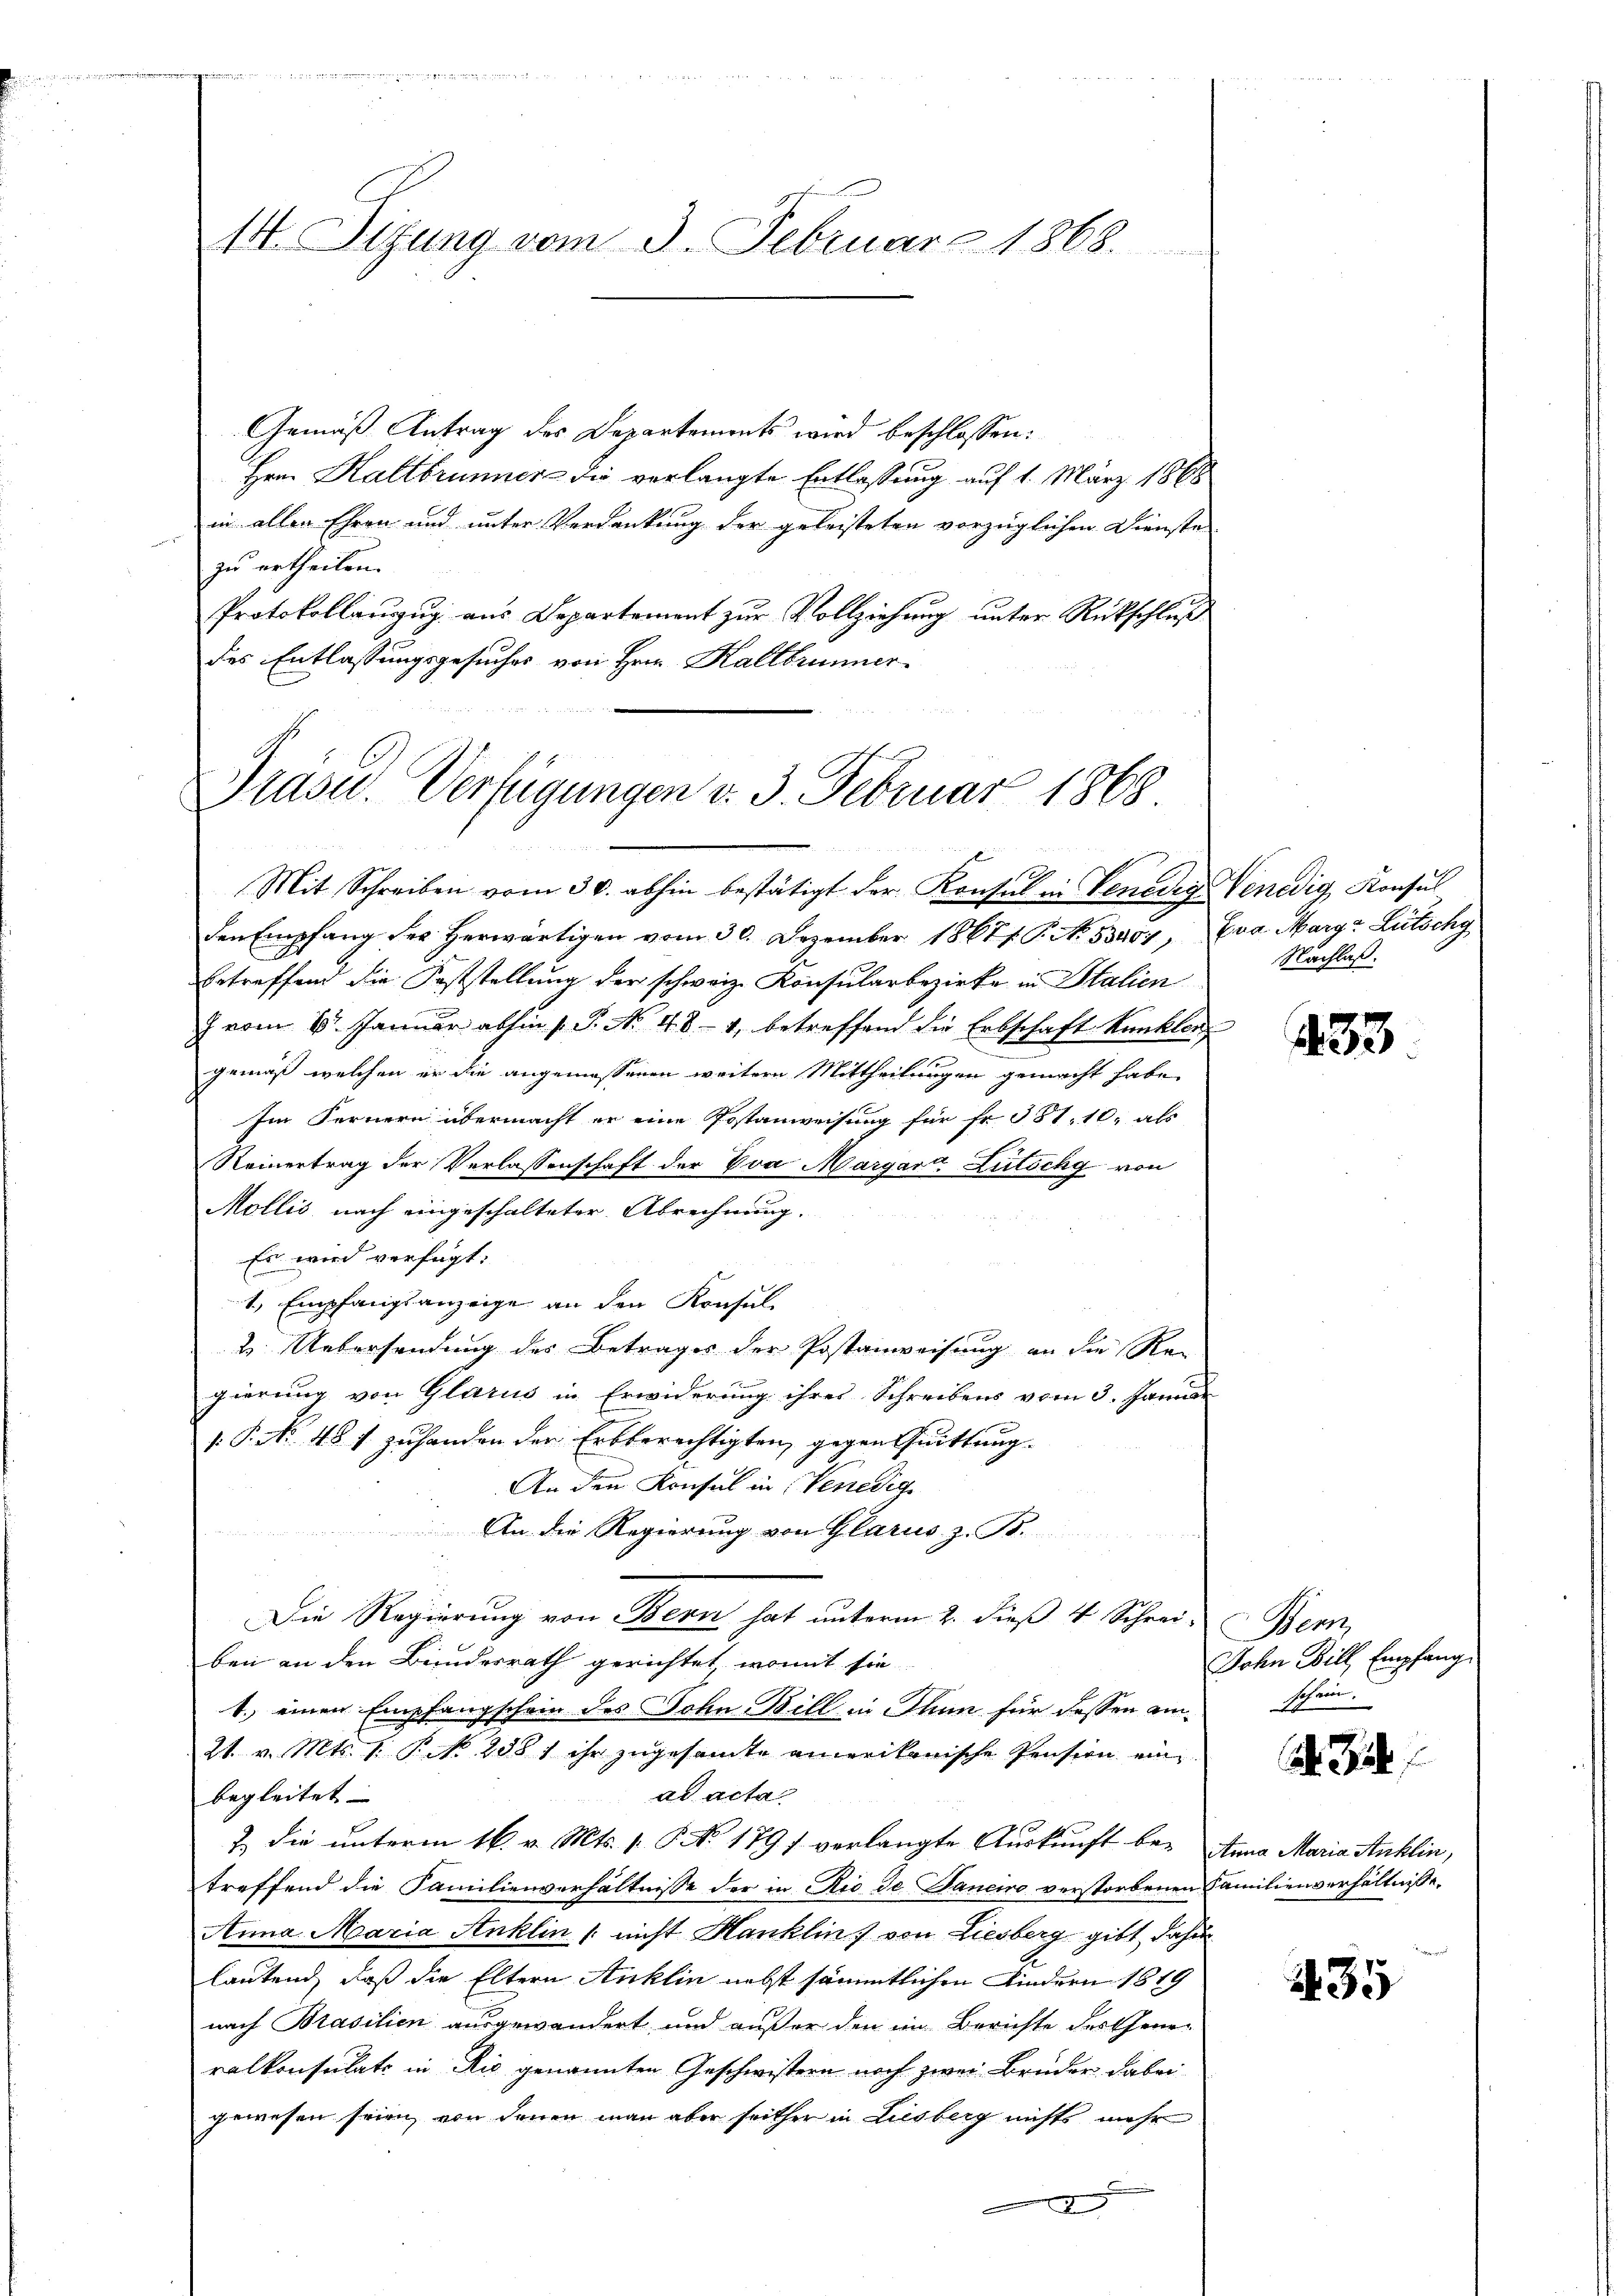
14. Sitzung vom 3. Februar 1868.

Gemäß Antrag des Departements wird beschlossen:
Hrn. Haltbrunner die verlangte Entlassung auf 1. März 1868
in allen Ehren und unter Verdankung der geleisteten vorzüglichen Dienste
zu ertheilen.
Protokollanzŭg aŭs Departement zŭr Vollziehŭng ŭnter Rückschlŭβ
des Entlassungsgesuches von Hrn. Kaltbrunner

Präsid.. Verfügungen v. 3. Februar 1868

Mit Schreiben vom 30. abhin bestätigt der Konsul in Venedige Venedig Konsul
den Empfang der herwärtigen vom 30. Dezember 1867 f. P. No. 53407, Eva Marga Lütschy
betreffend die Feststellung der schweiz. Konsularbezirke in Italien
7 vom 6. Januar abhin 1. P. No 484, betreffend die Erbschaft Kunkler
gemäß welchen er die angemessenen weitern Mittheilungen gemacht habe.
Im Fernern übermacht er eine Postanweisung für fr. 381. 10, als
Reinertrag der Verlassenschaft der Eva Margart Lutschy von
Mollis nach eingeschalteter Abrechnung.
Es wird verfügt:
1.) Empfangsanzeige an den Konsul-
2. Uebersendung des Betrages der Postanweisung an die Re-
gierung von Glarus in Erwiderung ihres Schreibens vom 3. Janis
1. P. No. 481 zuhanden der Erbberechtigten, gegen Quittung.
An den Konsul in Venedige
An die Regierung von Glarus, z. B.
n
Die Regierung von Bern hat unterm 2. dieß 4 Schrei Bern,
ben an den Bundesrath gerichtet, womit sie
1.) einen Empfangschein des John Bill in Thun für dessen am schein.
21. v. Mts. 1. P. No. 2381 ihr zugesamte amerikanische Pension ein
ad acta
begleitet
2.) Die unterm 16. v. Mts. [ NNo. 1791 verlangte Auskunft be- Anna Maria Anklin,
treffend die Familienverhältnisse der in Rio de Janeiro verstorbenen Familienverhältnisse
Anna Maria Anklin / nicht Hanklin von Liesberg gibt dahin
lautend, daß die Eltern Anklin nebst sämmtlichen Kindern 1819
nach Brasilien ausgewandert und außer den im Berichte der Generalkonsulati in Rio genannten Geschwistern noch zwei Brüder dabei
gewesen seien, von denen man aber seither in Liesberg nichts mehr
A

Nachlaß.

433.

John Wille Empfang

. Zah

35